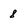
Character: 8